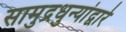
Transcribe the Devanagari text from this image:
सामुद्रधुन्यांद्वारे